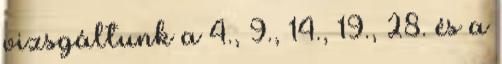
vizsgáltunk a 4., 9., 14., 19., 28. és a